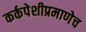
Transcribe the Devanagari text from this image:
कर्कपेशीप्रमाणेच